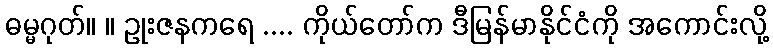
ဓမ္မဂုတ်။ ။ ဥုးဇနကရေ .... ကိုယ်တော်က ဒီမြန်မာနိုင်ငံကို အကောင်းလို့